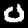
Digit: 0